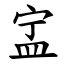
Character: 㿾